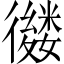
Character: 𢖕